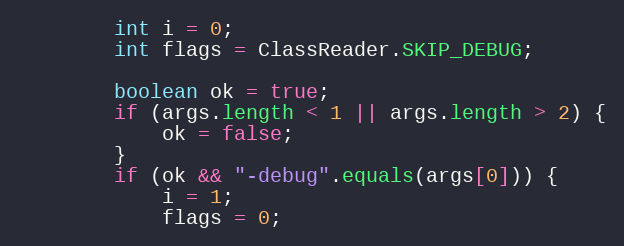
Language: Java
        int i = 0;
        int flags = ClassReader.SKIP_DEBUG;

        boolean ok = true;
        if (args.length < 1 || args.length > 2) {
            ok = false;
        }
        if (ok && "-debug".equals(args[0])) {
            i = 1;
            flags = 0;